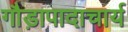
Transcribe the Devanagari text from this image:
गौड़ापादाचार्य